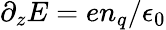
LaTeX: \partial_{z}E=en_{q}/\epsilon_{0}